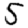
Digit: 5